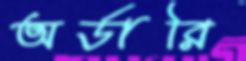
অর্ডারি